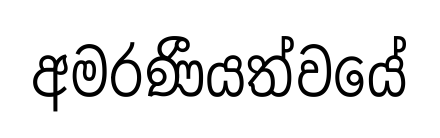
අමරණීයත්වයේ